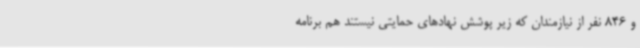
و 846 نفر از نیازمندان که زیر پوشش نهادهای حمایتی نیستند هم برنامه